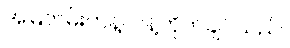
အမြဲတမ်းကန့်လန့်တိုက်ချင်သည်။